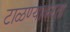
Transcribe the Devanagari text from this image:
टाळण्याकरता